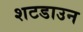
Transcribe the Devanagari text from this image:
शटडाउन